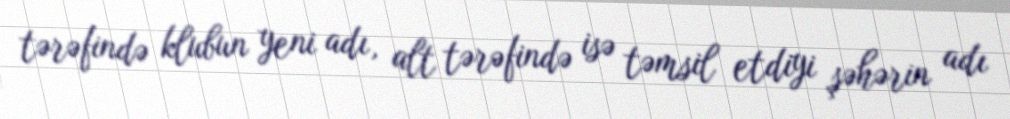
tərəfində klubun yeni adı, alt tərəfində isə təmsil etdiyi şəhərin adı